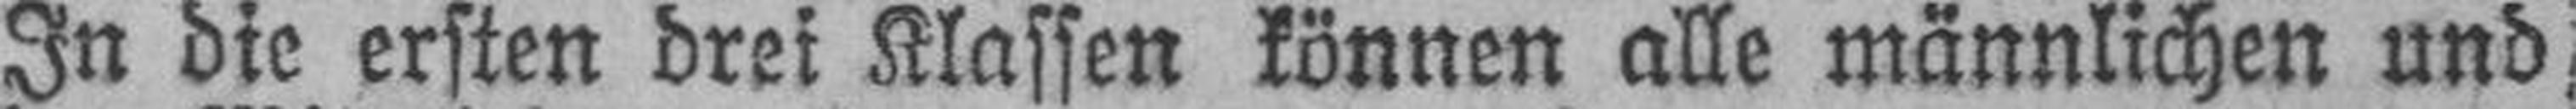
In die ersten drei Klassen können alle männlichen und